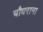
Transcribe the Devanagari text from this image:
चौधराना